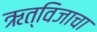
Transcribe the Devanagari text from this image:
ऋत्विजाचा